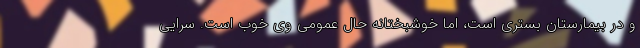
و در بیمارستان بستری است، اما خوشبختانه حال عمومی وی خوب است. سرایی